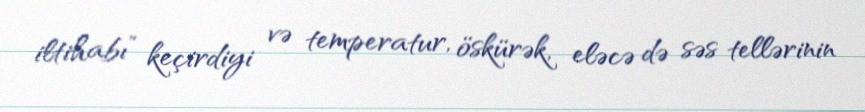
iltihabı” keçirdiyi və temperatur, öskürək, eləcə də səs tellərinin